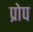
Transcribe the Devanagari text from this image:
प्रोप